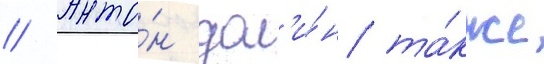
// Анто́н дол'и́н та́кже